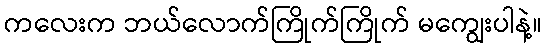
ကလေးက ဘယ်လောက်ကြိုက်ကြိုက် မကျွေးပါနဲ့။